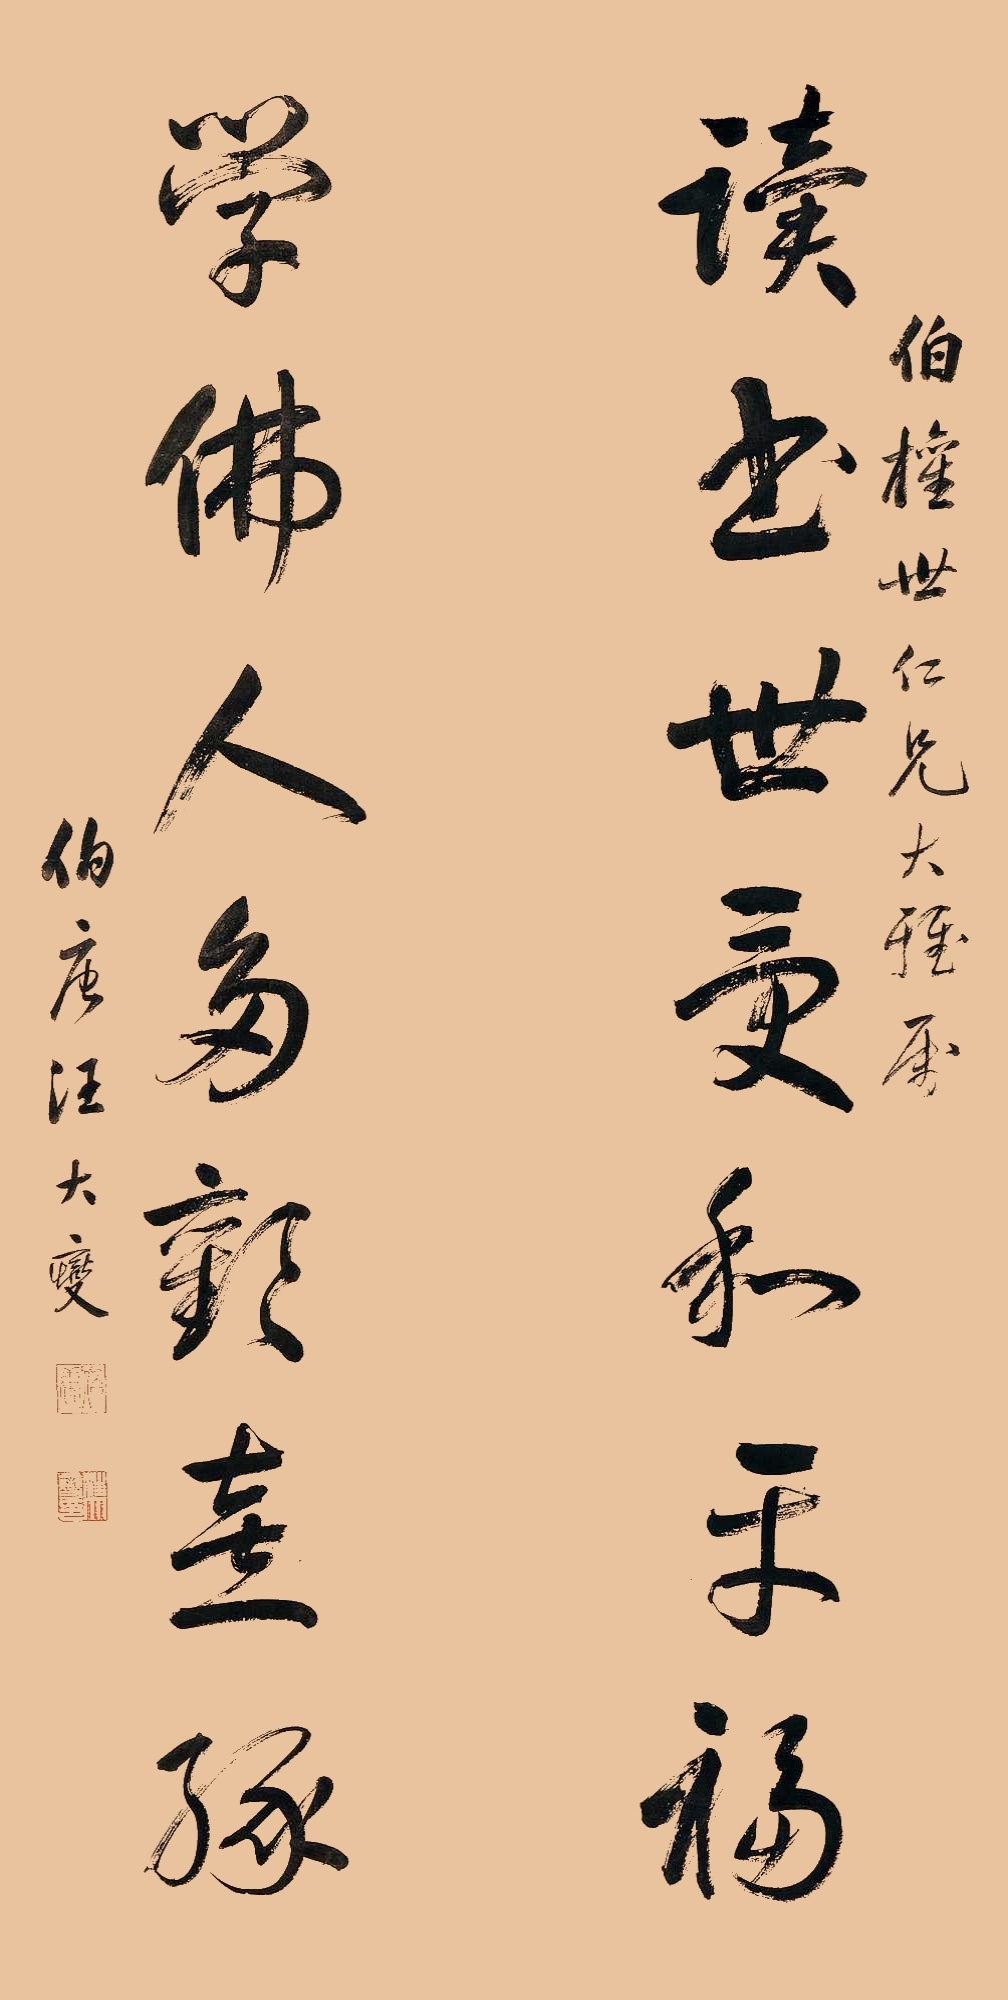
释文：读书世受和平福，学佛人多欢喜缘。伯权世仁兄大雅属，伯唐汪大燮。